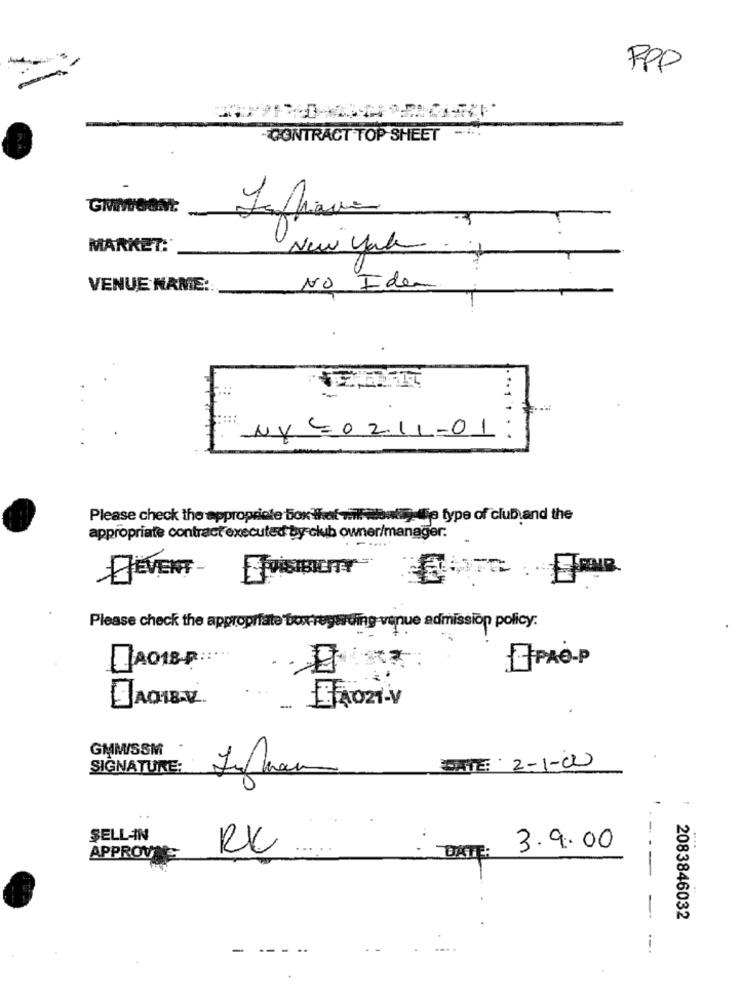
PPP
CONTRACT TOP SHEET -...
GMMOON:
MARKET:
New York
VENUE NAME:
NO Idea
Please check the appropriate box that minhalowtte the type of club and the
appropriate contract executed by club owner/manager.
Please check the appropriate box regarding venue admission policy:
EPAè-P
AO18-P:
.
AOZI-V
GMMISSM
SIGNATURE:
DATE: 2-1-02
SELL-IN
RX
DATE: 3.9.00
APPROVING
2083846032
- ---